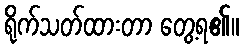
ရိုက်သတ်ထားတာ တွေ့ရ၏။